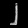
Digit: ၂